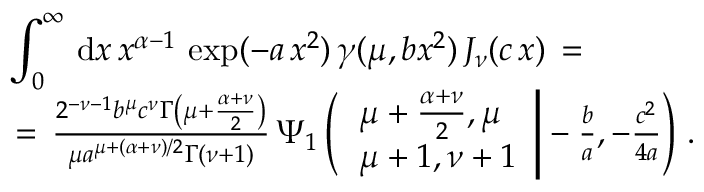
\begin{array} { l } { \displaystyle \int _ { 0 } ^ { \infty } \, \mathrm { d } x \, x ^ { \alpha - 1 } \, \exp ( - a \, x ^ { 2 } ) \, \gamma ( \mu , b x ^ { 2 } ) \, J _ { \nu } ( c \, x ) \, = \, } \\ { \, = \, \frac { 2 ^ { - \nu - 1 } b ^ { \mu } c ^ { \nu } \Gamma \left( \mu + \frac { \alpha + \nu } 2 \right) } { \mu a ^ { \mu + ( \alpha + \nu ) / 2 } \Gamma ( \nu + 1 ) } \, \Psi _ { 1 } \left( \left. \begin{array} { l } { \mu + \frac { \alpha + \nu } 2 , \mu } \\ { \mu + 1 , \nu + 1 } \end{array} \right| - \frac b a , - \frac { c ^ { 2 } } { 4 a } \right) \, . } \end{array}